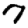
Digit: 7